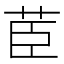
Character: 茞